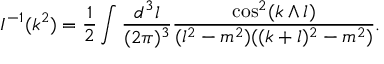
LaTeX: I ^ { - 1 } ( k ^ { 2 } ) = \frac 1 2 \int \frac { d ^ { 3 } l } { ( 2 \pi ) ^ { 3 } } \frac { \cos ^ { 2 } ( k \wedge l ) } { ( l ^ { 2 } - m ^ { 2 } ) ( ( k + l ) ^ { 2 } - m ^ { 2 } ) } .